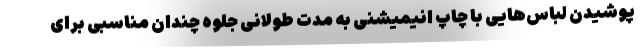
پوشیدن لباس‌هایی با چاپ انیمیشنی به مدت طولانی جلوه چندان مناسبی برای